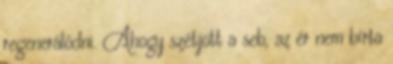
regenerálódni. Ahogy szétjött a seb, az ér nem bírta